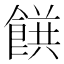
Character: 𲋝